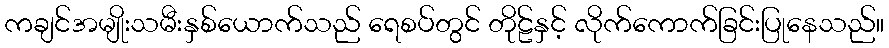
ကချင်အမျိုးသမီးနှစ်ယောက်သည် ရေစပ်တွင် တိုဠ်နှင့် လိုက်ကောက်ခြင်းပြုနေသည်။